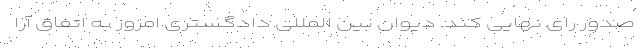
صدور رای نهایی کند. دیوان بین المللی دادگستری امروز به اتفاق آرا